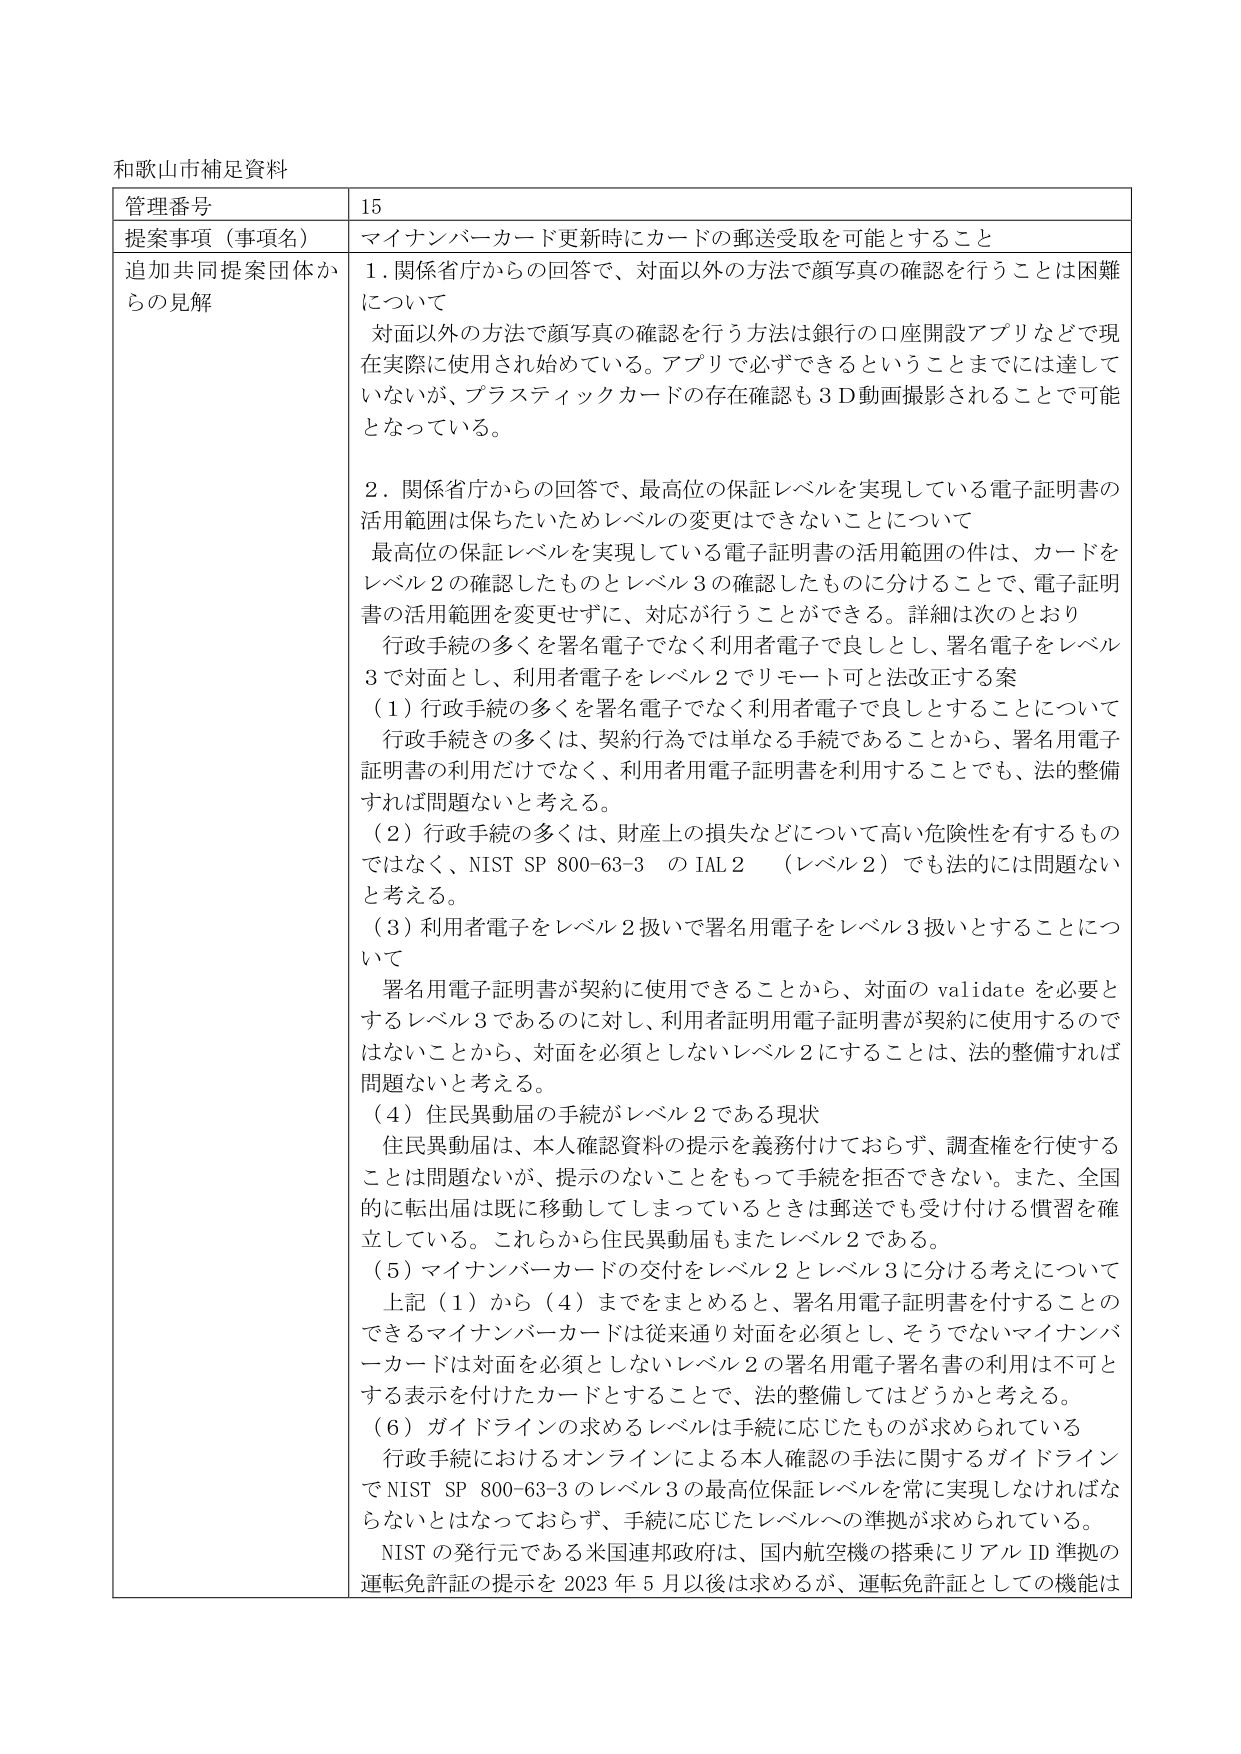
和歌山市補足資料

管理番号 15

提案事項（事項名） マイナンバーカード更新時にカードの郵送受取を可能とすること

追加共同提案団体からの見解

1. 関係省庁からの回答で、対面以外の方法で顔写真の確認を行うことは困難について

対面以外の方法で顔写真の確認を行う方法は銀行の口座開設アプリなどで現在実際に使用され始めている。アプリで必ずできるということまでは達していないが、プラスティックカードの存在確認も3D動画撮影されることで可能となっている。

2. 関係省庁からの回答で、最高位の保証レベルを実現している電子証明書の活用範囲は保ちたいためレベルの変更はできないことについて

最高位の保証レベルを実現している電子証明書の活用範囲の件は、カードをレベル2の確認したものとレベル3の確認したものに分けることで、電子証明書の活用範囲を変更せずに、対応が行うことができる。詳細は次のとおり

行政手続の多くを署名電子でなく利用者電子で良しとし、署名電子をレベル3で対面とし、利用者電子をレベル2でリモート可と法改正する案

（1）行政手続の多くを署名電子でなく利用者電子で良しとすることについて

行政手続の多くは、契約行為では単なる手続であることから、署名用電子証明書の利用だけでなく、利用者用電子証明書を利用することでも、法的整備すれば問題ないと考える。

（2）行政手続の多くは、財産上の損失などについて高い危険性を有するものではなく、NIST SP 800-63-3 の IAL2 （レベル2）でも法的には問題ないと考える。

（3）利用者電子をレベル2扱いで署名用電子をレベル3扱いとすることについて

署名用電子証明書が契約に使用できることから、対面の validate を必要とするレベル3であるのに対し、利用者証明用電子証明書が契約に使用するのではないことから、対面を必須としないレベル2にすることは、法的整備すれば問題ないと考える。

（4）住民異動届の手続がレベル2である現状

住民異動届は、本人確認資料の提示を義務付けておらず、調査権を行使することは問題ないが、提示のないことをもって手続を拒否できない。また、全国的に転出届は既に移動してしまっているときは郵送でも受け付ける慣習を確立している。これらから住民異動届もまたレベル2である。

（5）マイナンバーカードの交付をレベル2とレベル3に分ける考えについて

上記（1）から（4）までをまとめると、署名用電子証明書を付することのできるマイナンバーカードは従来通り対面を必須とし、そうでないマイナンバーカードは対面を必須としないレベル2の署名用電子署名書の利用は不可とする表示を付けたカードとすることで、法的整備してはどうかと考える。

（6）ガイドラインの求めるレベルは手続に応じたものが求められている

行政手続におけるオンラインによる本人確認の手法に関するガイドラインでNIST SP 800-63-3のレベル3の最高位保証レベルを常に実現しなければならないとはなっておらず、手続に応じたレベルへの準拠が求められている。

NISTの発行元である米国連邦政府は、国内航空機の搭乗にリアルID準拠の運転免許証の提示を2023年5月以後は求めるが、運転免許証としての機能は